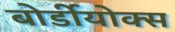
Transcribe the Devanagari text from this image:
बोर्डीयोक्स